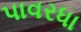
પાવરધા